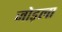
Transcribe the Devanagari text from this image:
जोड़ला